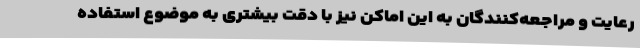
رعایت و مراجعه‌کنندگان به این اماکن نیز با دقت بیشتری به موضوع استفاده